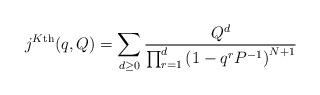
LaTeX: \begin{align*} j^{K\textnormal{th}}(q,Q) = \sum_{d \geq 0} \frac{Q^d}{\prod_{r=1}^d \left( 1 - q^r P^{-1} \right)^{N+1}} \end{align*}